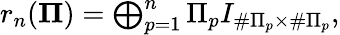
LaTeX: \begin{array}{r}{r_{n}({\mathbf\Pi})=\bigoplus_{p=1}^{n}\Pi_{p}I_{\# \Pi_{p}\times\# \Pi_{p}},}\end{array}